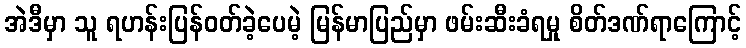
အဲဒီမှာ သူ ရဟန်းပြန်ဝတ်ခဲ့ပေမဲ့ မြန်မာပြည်မှာ ဖမ်းဆီးခံရမှု စိတ်ဒဏ်ရာကြောင့်